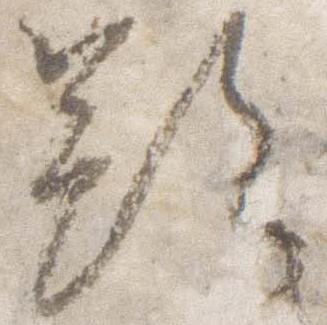
顕